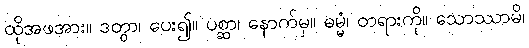
ထိုအဖအား။ ဒတွာ၊ ပေး၍။ ပစ္ဆာ၊ နောက်မှ။ ဓမ္မံ၊ တရားကို။ သောဿာမိ၊